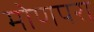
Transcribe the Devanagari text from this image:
मोणपरा